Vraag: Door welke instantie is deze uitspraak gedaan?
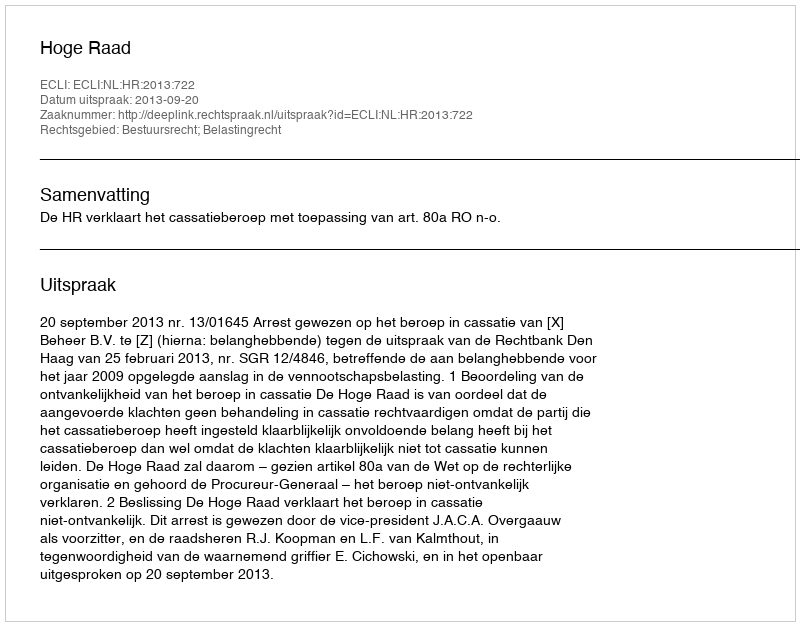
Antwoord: Hoge Raad